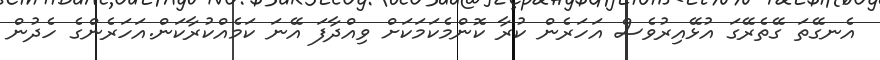
އެނގޭތަ ގޭތެރޭގަ އުޅޭއިރުވެސް އަހަރެން ކުރާ ކޮންމެކަމަކަށް ވިއްދާފަ އޭނަ ކަމެއްކުރާކަން.އަހަރެންގެ ހެދުން